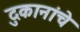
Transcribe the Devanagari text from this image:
दुकानांचे